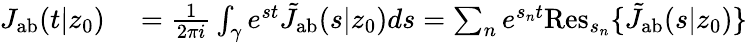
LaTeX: \begin{array}{rl}{J_{\mathrm{{ab}}}(t|z_{0})}&{{}=\frac{1}{2\pi i}\int_{\gamma}e^{st}\tilde{J}_{\mathrm{{ab}}}(s|z_{0})ds=\sum_{n}e^{s_{n}t}\textrm{Res}_{s_{n}}\{ \tilde{J}_{\mathrm{{ab}}}(s|z_{0})\} }\end{array}